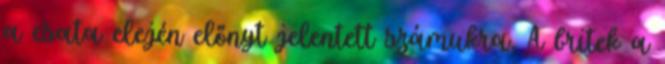
a csata elején előnyt jelentett számukra. A britek a